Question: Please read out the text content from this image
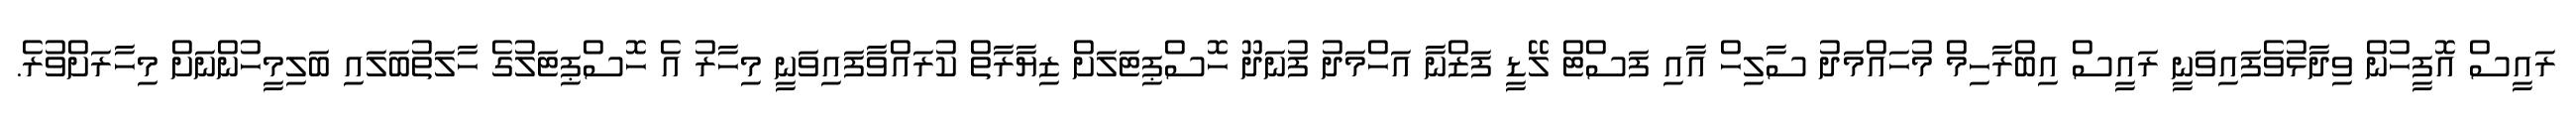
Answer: ރައީސް އޮފީހުން ވިދާޅުވެފައިވަނީ ރައީސް އިބްރާހިމް މުހައްމަދު ސާލިހް އާއި ފަސްޓް ލޭޑީ ފަޒްނާ އަހްމަދު ފުނަދޫ ހޮސްޕިޓަލަށް ޒިޔާރާތް ކުރައްވާފައިވަނީ މިހާރު އެ ހޮސްޕިޓަލުގެ ހާލަތުބަލައި ބަލިމީހުންނަށް މިހާރަށްވުރެ.